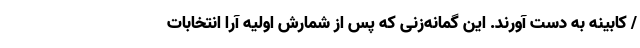
/ کابینه به دست آورند. این گمانه‌زنی که پس از شمارش اولیه آرا انتخابات